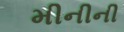
મીનીની